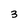
Character: 3